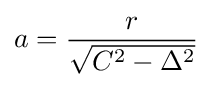
a={r \over {\sqrt {C^{2}-\Delta ^{2}}}}